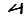
Digit: 4